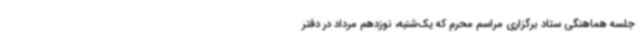
جلسه هماهنگی ستاد برگزاری مراسم محرم که یک‌شنبه، نوزدهم مرداد در دفتر